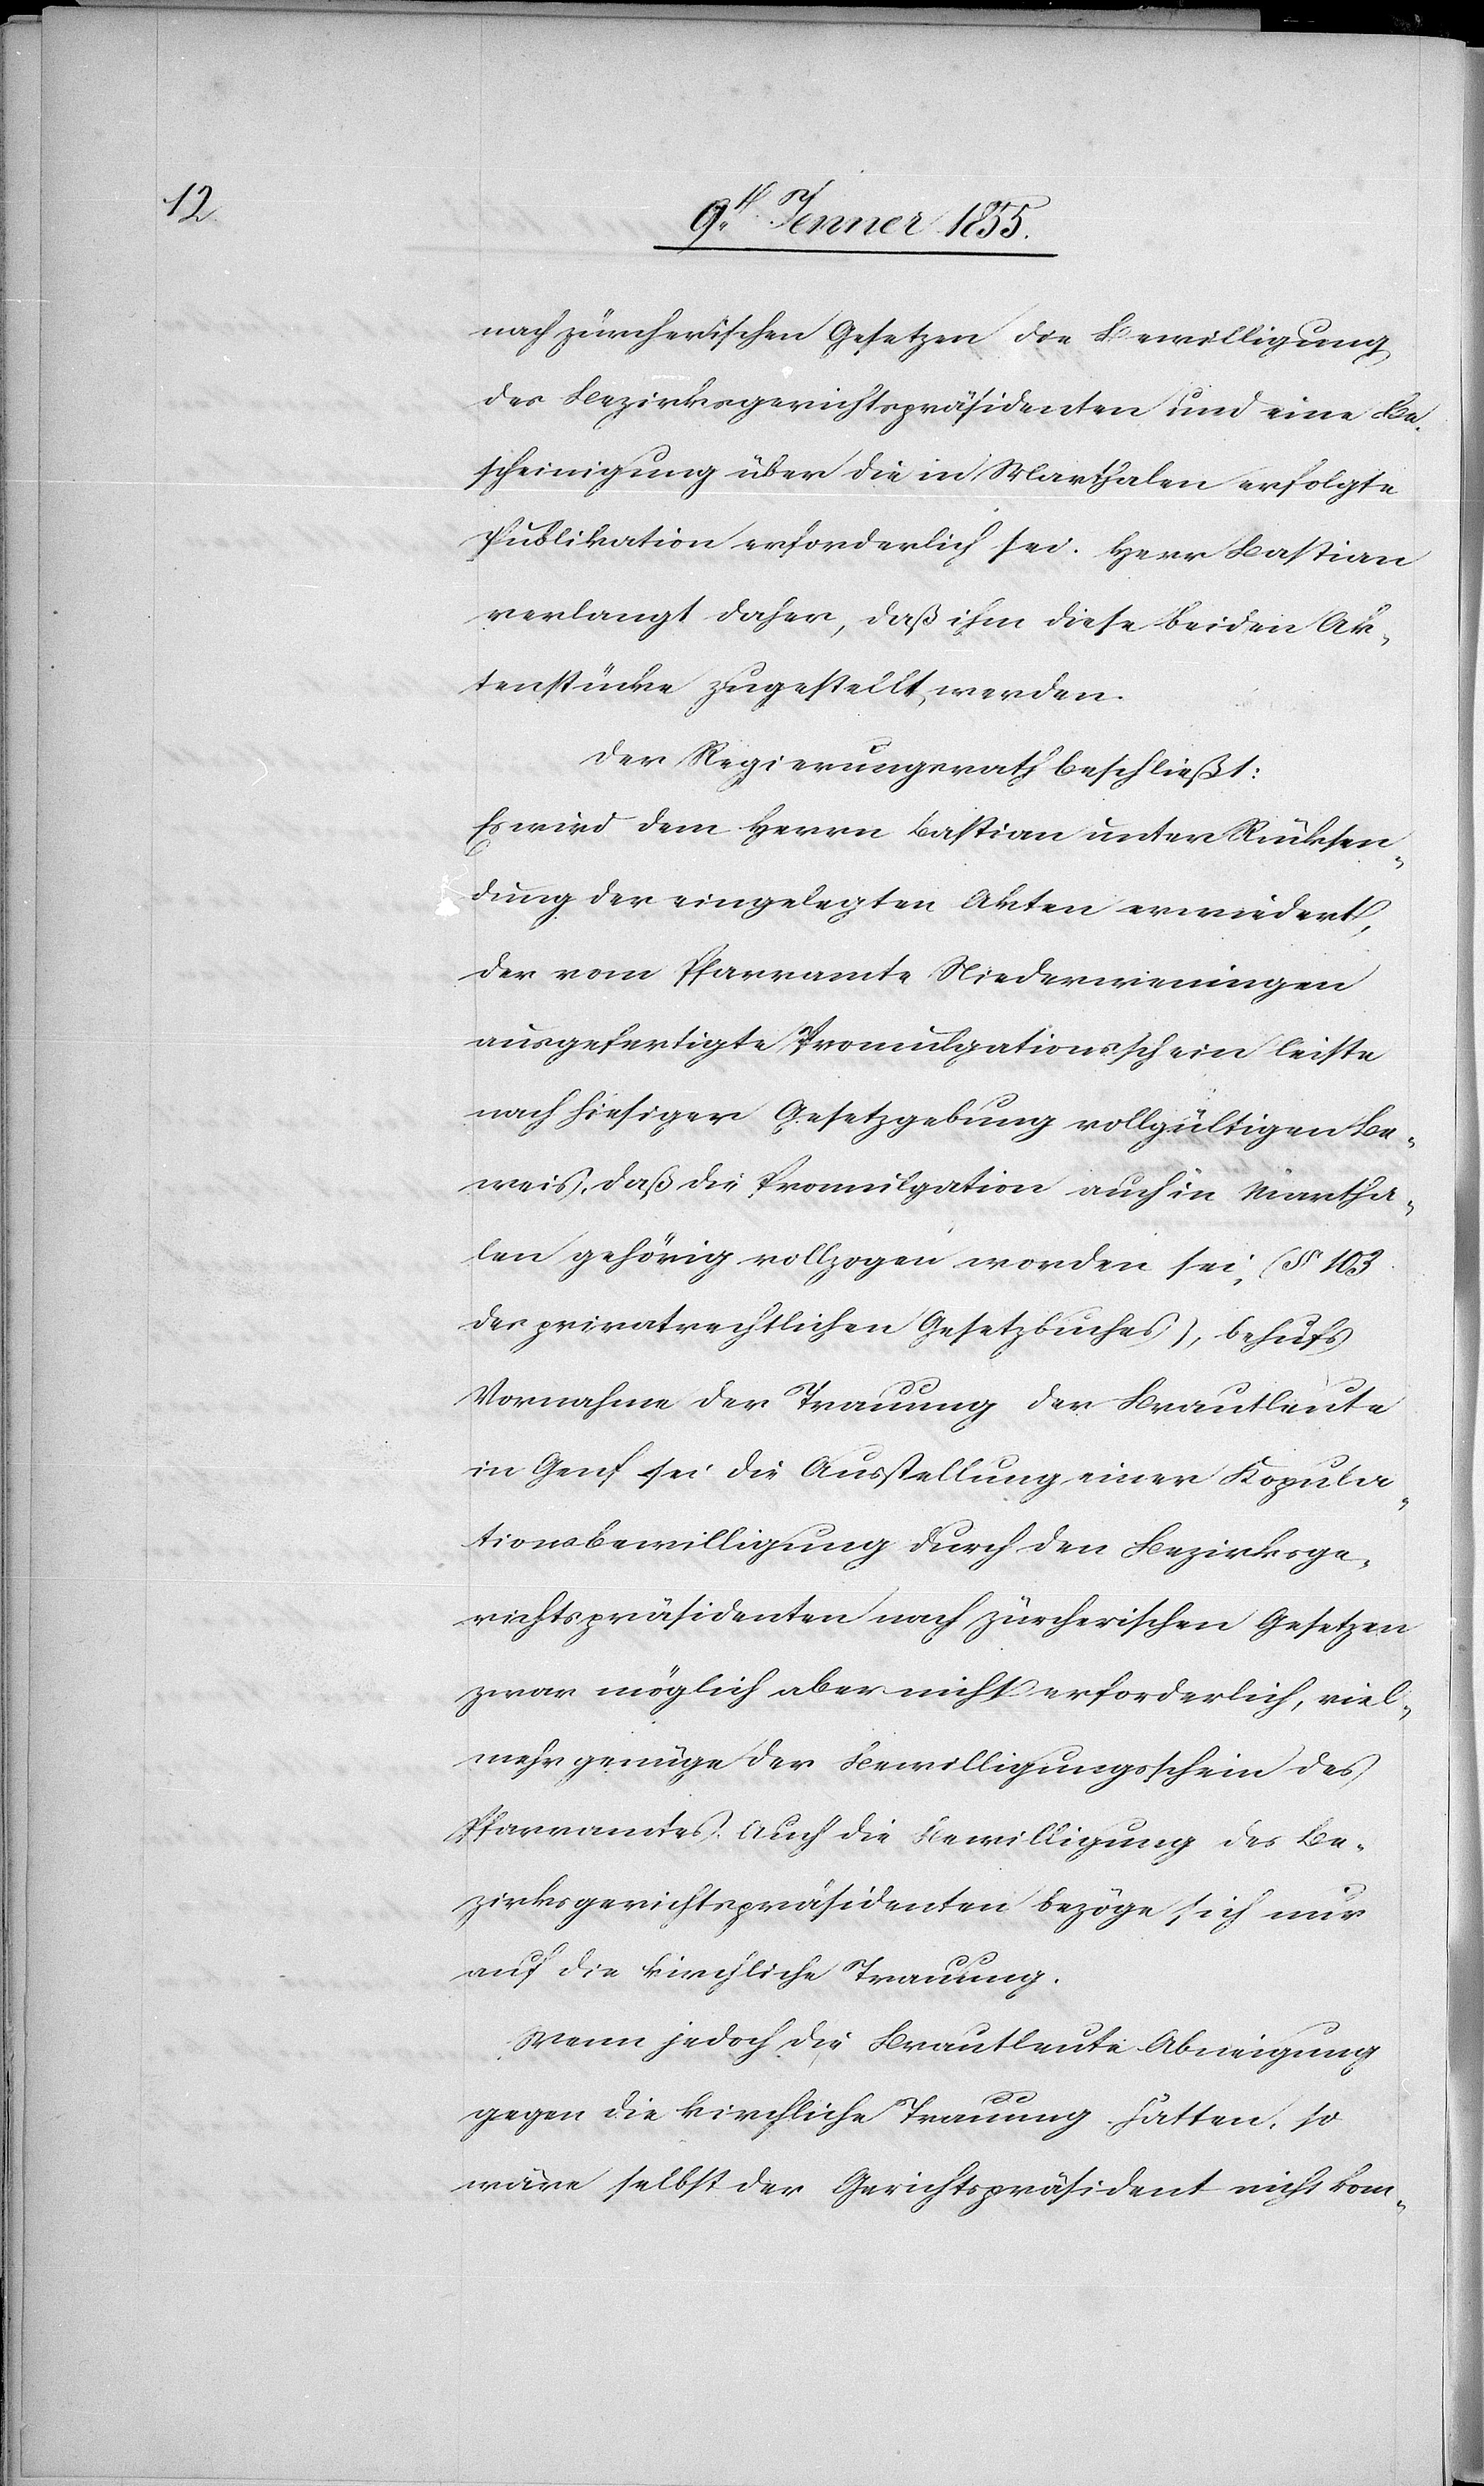
nach zürcherischen Gesetzen die Bewilligung
des Bezirksgerichtspräsidenten und eine Be¬
scheinigung über die in Marthalen erfolgte
Publikation erforderlich sei. Herr Bastian
verlangt daher, daß ihm diese beiden Ak¬
tenstücke zugestellt werden.
Der Regierungsrath beschließt:
Es wird dem Herrn Bastian unter Rücksen¬
dung der eingelegten Akten erwiedert,
der vom Pfarramte Niederweningen
ausgefertigte Promulgationsschein leiste
nach hiesiger Gesetzgebung vollgültigen Be¬
weis, daß die Promulgation auch in Martha¬
len gehörig vollzogen worden sei, (§ 103
des privatrechtlichen Gesetzbuches), behufs
Vornahme der Trauung der Brautleute
in Genf sei die Ausstellung einer Kopula¬
tionsbewilligung durch den Bezirksge¬
richtspräsidenten nach zürcherischen Gesetzen
zwar möglich aber nicht erforderlich, viel¬
mehr genüge der Bewilligungsschein des
Pfarramtes. Auch die Bewilligung des Be¬
zirksgerichtspräsidenten bezöge sich nur
auf die kirchliche Trauung.
Wenn jedoch die Brautleute Abneigung
gegen die kirchliche Trauung hätten, so
wäre selbst der Gerichtspräsident nicht kom-